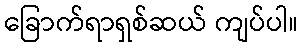
ခြောက်ရာရှစ်ဆယ် ကျပ်ပါ။